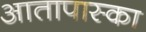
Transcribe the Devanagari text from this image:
आतापास्का